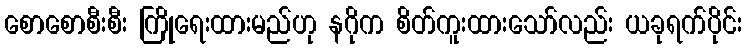
စောစောစီးစီး ကြိုရေးထားမည်ဟု နဂိုက စိတ်ကူးထားသော်လည်း ယခုရက်ပိုင်း